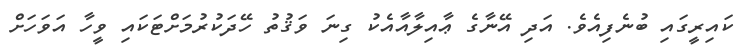
ކައިރީގައި ބުނެފިއެވެ. އަދި އޭނާގެ ޢާއިލާއާއެކު ގިނަ ވަޤުތު ހޭދަކުރުމަށްޓަކައި ވީހާ އަވަހަށް